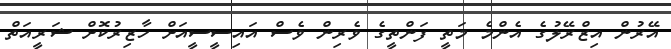
އޭރުން އިޒްރޭލުގެ އެންމެ މަތީ ފަންތީގެ ވެރިން ވެސް އައިސީސީއަށް ހާޒިރުކޮށް ޝަރީއަތް